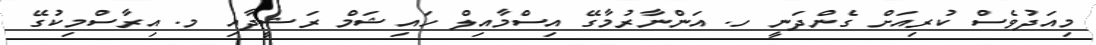
މިއަދުވެސް ކުރިއަށް ގެންދަނީ ހ. އަންނާރުމާގޭ އިސްމާއިލް ހައިޝަމް ރަޝީދާއި މ. އިރާސްމިކުގޭ